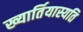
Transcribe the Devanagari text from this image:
ख्यार्तियास्यति